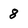
Character: 8